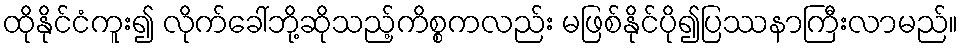
ထိုနိုင်ငံကူး၍ လိုက်ခေါ်ဘို့ဆိုသည့်ကိစ္စကလည်း မဖြစ်နိုင်ပို၍ပြဿနာကြီးလာမည်။